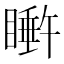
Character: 𬑩